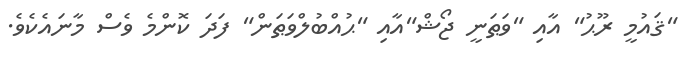
"ޤައުމީ ރޫޙު" އާއި "ވަޠަނީ ޖޯޝް"އާއި "ޙުއްބުލްވަޠަން" ފަދަ ކޮންމެ ވެސް މާނައެކެވެ.